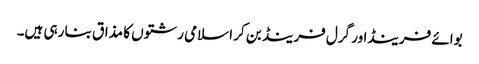
بوائے فرینڈاور گرل فرینڈ بن کر اسلامی رشتوں کا مذاق بنا رہی ہیں۔